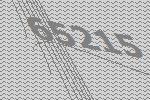
65215